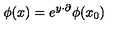
\phi ( x ) = e ^ { y \cdot \partial } \phi ( x _ { 0 } )